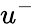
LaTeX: u^{-}